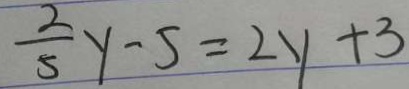
\frac { 2 } { 5 } y - 5 = 2 y + 3